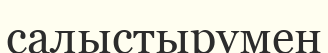
салыстырумен